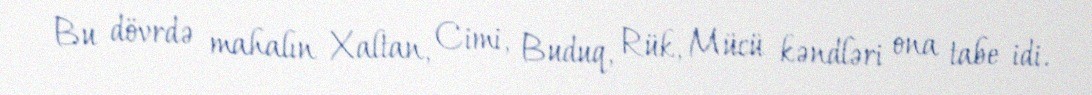
Bu dövrdə mahalın Xaltan, Cimi, Buduq, Rük, Mücü kəndləri ona tabe idi.